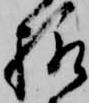
様